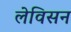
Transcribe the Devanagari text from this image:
लेविसन